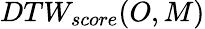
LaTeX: DTW_{score}(O,M)